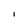
Character: l